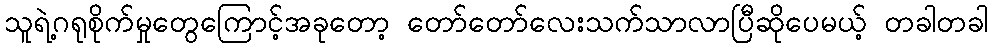
သူရဲ့ဂရုစိုက်မှုတွေကြောင့်အခုတော့ တော်တော်လေးသက်သာလာပြီဆိုပေမယ့် တခါတခါ